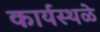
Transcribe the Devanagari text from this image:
कार्यस्थळे